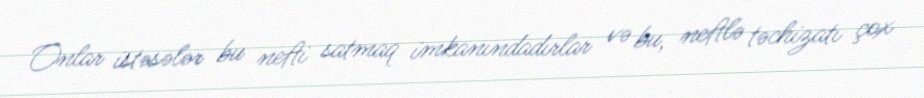
Onlar istəsələr bu nefti satmaq imkanındadırlar və bu, neftlə təchizatı çox